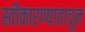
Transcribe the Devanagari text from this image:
स्वीकारण्यावाचून